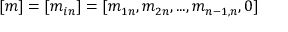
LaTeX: [ m ] = [ m _ { i n } ] = [ m _ { 1 n } , m _ { 2 n } , . . . , m _ { { n - 1 } , n } , 0 ]